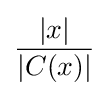
{\frac {|x|}{|C(x)|}}